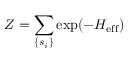
Z = \sum _ { \{ s _ { i } \} } \exp ( - H _ { \mathrm { e f f } } )